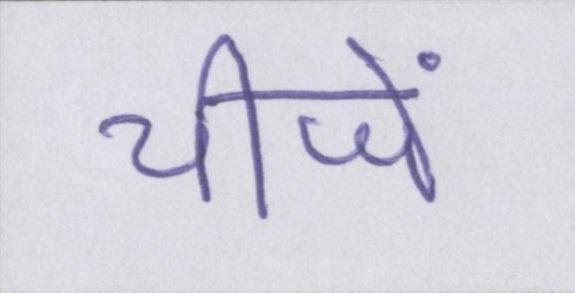
चीजें